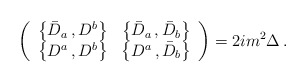
\begin{align*}\left(\begin{array}{cc}\left\{\bar D_a\, , D^b\right\} & \left\{\bar D_{a}\, , \bar D_{b} \right\}\\\left\{D^a\, , D^b \right\} & \left\{D^a\, , \bar D_b\right\}\end{array}\right) =2im^2 \Delta \, .\end{align*}